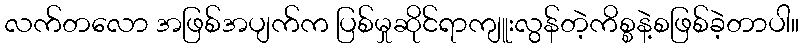
လက်တလော အဖြစ်အပျက်က ပြစ်မှုဆိုင်ရာကျူးလွန်တဲ့ကိစ္စနဲ့စဖြစ်ခဲ့တာပါ။